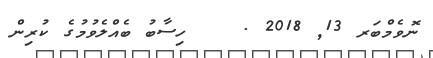
ނޮވެމްބަރ 13